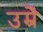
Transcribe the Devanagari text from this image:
उम्रें